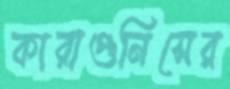
কারাগুনিসের